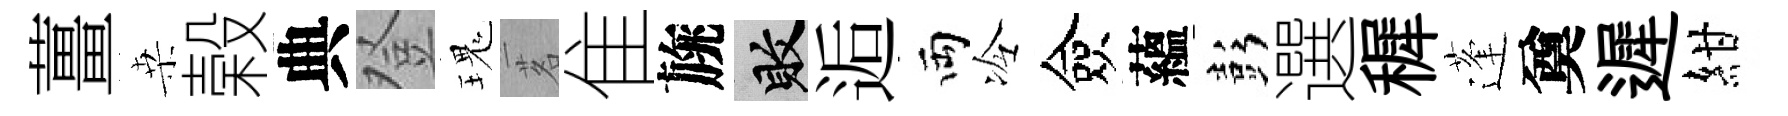
薑桒榖典登瑰茗隹旐敗逅両冷僉蘊彭選穉蓬奠遲紺